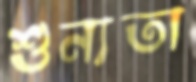
শুন্যতা